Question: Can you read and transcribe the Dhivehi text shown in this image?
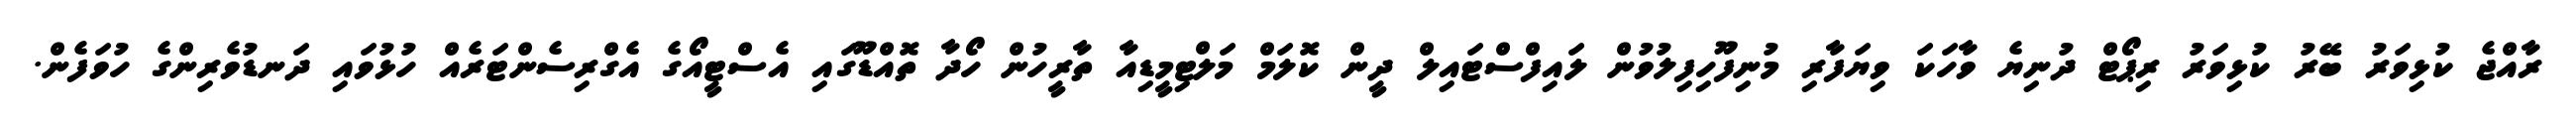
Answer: ރާއްޖެ ކުޅިވަރު ބޭރު ކުޅިވަރު ރިޕޯޓް ދުނިޔެ ވާހަކަ ވިޔަފާރި މުނިފޫހިފިލުވުން ލައިފްސްޓައިލް ދީން ކޮލަމް މަލްޓިމީޑިއާ ތާރީހުން ހޯދާ ތޮއްޑޫގައި އެސްޓީއޯގެ އެގްރިސެންޓަރެއް ހުޅުވައި ދަނޑުވެރިންގެ ހުވަފެން.